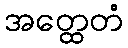
အတ္ထေတံ